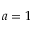
a = 1